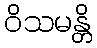
ဝိသမန္တိ